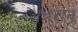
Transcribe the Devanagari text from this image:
अवरान